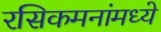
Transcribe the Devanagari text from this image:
रसिकमनांमध्ये